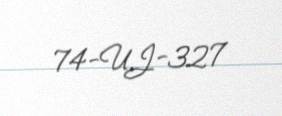
74-UJ-327